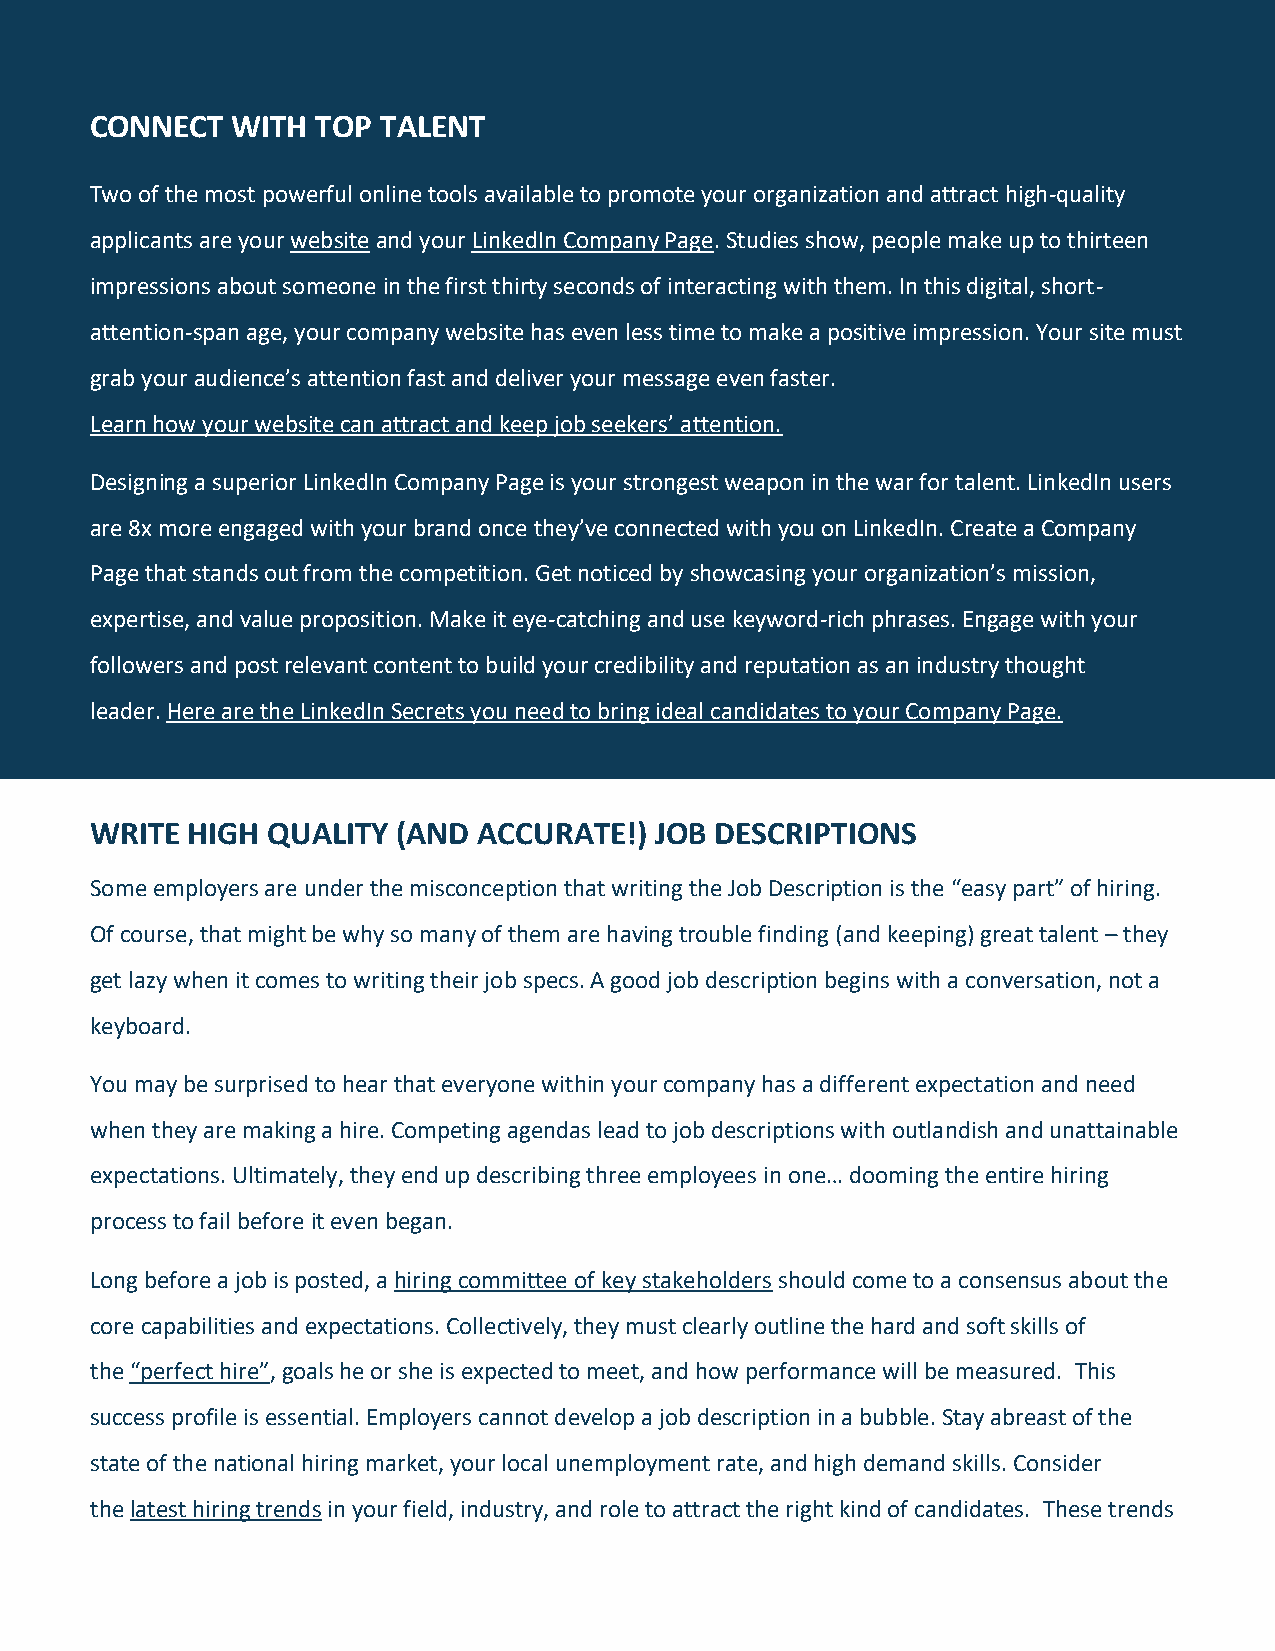
CONNECT  WITH  TOP TALENT
 Two of the most powerful online tools available to pro mote your organization and attract high-quality
 applicants are your website and your LinkedIn Compan y Page. Studies show, people make up to thirteen
 impressions about someone in the first thirty seconds of interacting with them. In this digital, short-
 attention-span age, your company website has even le ss time to make a positive impression. Your site must
 grab your audience’s attention fast and deliver your m essage even faster.
 Learn how your website can attract and keep job seeke rs’ attention.
 Designing a superior LinkedIn Company Page is your strongest weapon in the war for talent. LinkedIn users
 are 8x more engaged with your brand once they’ve connected with you on LinkedIn. Create a Company
 Page that stands out from the competition. Get noticed by showcasing your organization’s mission,
 expertise, and value proposition. Make it eye-catching and use keyword-rich phrases. Engage with your
 followers and post relevant content to build your credibility and reputation as an industry thought
 leader. Here are the LinkedIn Secrets you need to bring ideal candidates to your Company Page.
 WRITE HIGH  QUALITY (AND  ACCURATE!) JOB DESCRIPTIONS
 Some employers are under the misconception that wri ting the Job Description is the “easy part” of hiring.
 Of course, that might be why so many of them are hav ing trouble finding (and keeping) great talent – they
 get lazy when it comes to writing their job specs. A good job description begins with a conversation, not a
 keyboard.
 You may be surprised to hear that everyone within you r company has a different expectation and need
 when they are making a hire. Competing agendas lead to job descriptions with outlandish and unattainable
 expectations. Ultimately, they end up describing three employees in one… dooming the entire hiring
 process to fail before it even began.
 Long before a job is posted, a hiring committee of key stakeholders should come to a consensus about the
 core capabilities and expectations. Collectively, they must clearly outline the hard and soft skills of
 the “perfect hire”, goals he or she is expected to meet, and how performance will be measured. This
 success profile is essential. Employers cannot develop a job description in a bubble. Stay abreast of the
 state of the national hiring market, your local unemployment rate, and high demand skills. Consider
 the latest hiring trends in your field, industry, and role to attract the right kind of candidates. These trends